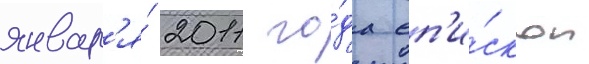
январ'я́ 2011 го́да еп'и́скоп